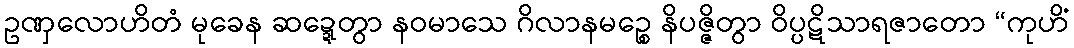
ဥဏှလောဟိတံ မုခေန ဆဍ္ဍေတွာ နဝမာသေ ဂိလာနမဉ္စေ နိပဇ္ဇိတွာ ဝိပ္ပဋိသာရဇာတော “ကုဟိံ